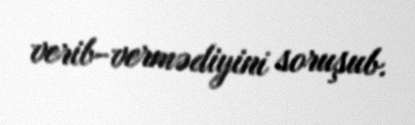
verib-vermədiyini soruşub.